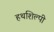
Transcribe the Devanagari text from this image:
हथशिल्पी